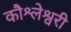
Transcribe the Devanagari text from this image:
कौश्लेश्वरी